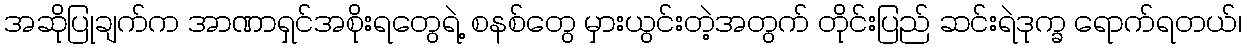
အဆိုပြုချက်က အာဏာရှင်အစိုးရတွေရဲ့ စနစ်တွေ မှားယွင်းတဲ့အတွက် တိုင်းပြည် ဆင်းရဲဒုက္ခ ရောက်ရတယ်၊